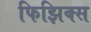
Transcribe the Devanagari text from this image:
फिझिक्स